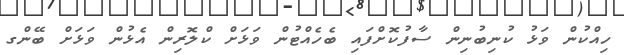
ހިއްކުން ވަޅު ކުނިބުނިން ސާފުކޮށްފައި ބެހެއްޓުން ވަޅަށް ކްލޮރިން އެޅުން ވަޅަށް ބޭންގ